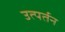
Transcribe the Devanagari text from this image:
उत्पर्तन